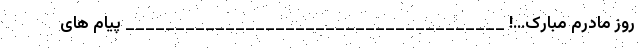
روز مادرم مبارک…! ______________________________________ پیام های